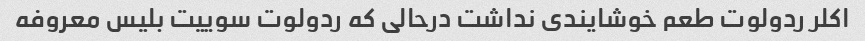
اکلر ردولوت طعم خوشایندی نداشت درحالی که ردولوت سوییت بلیس معروفه